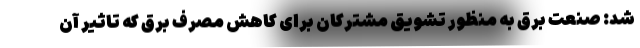
شد: صنعت برق به منظور تشویق مشترکان برای کاهش مصرف برق که تاثیر آن